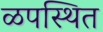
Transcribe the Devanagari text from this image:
ळपस्थित